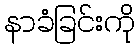
နာခံခြင်းကို